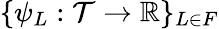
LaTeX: \{ \psi_{L}:\mathcal{T}\to\mathbb{R}\} _{L\in F}